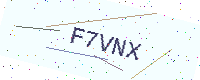
Text: F7VNX